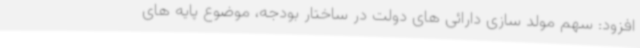
افزود: سهم مولد سازی دارائی های دولت در ساختار بودجه، موضوع پایه های